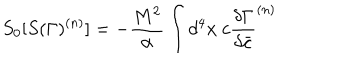
S _ { 0 } [ S ( \Gamma ) ^ { ( n ) } ] = - { \frac { M ^ { 2 } } { \alpha } } \int d ^ { 4 } x ~ c { \frac { \delta { \Gamma } } { \delta \bar { c } } } ^ { ( n ) }